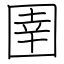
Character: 圉